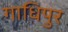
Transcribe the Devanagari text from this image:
गाधिपुर